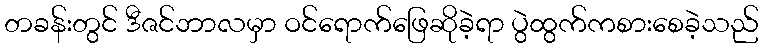
တခန်းတွင် ဒီဇင်ဘာလမှာ ဝင်ရောက်ဖြေဆိုခဲ့ရာ ပွဲထွက်ကစားစေခဲ့သည်